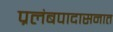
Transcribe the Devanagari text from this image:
प्रलंबपादासनात